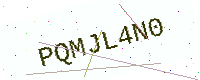
Text: PQMJL4N0